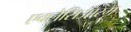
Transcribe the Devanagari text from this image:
एक्लेसिआरम